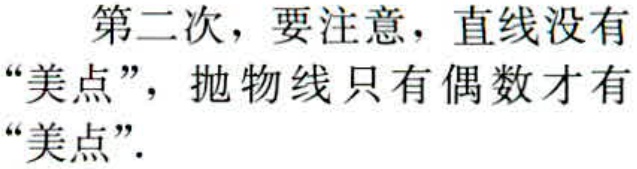
第二次，要注意，直线没有“美点”，抛物线只有偶数才有“美点”.